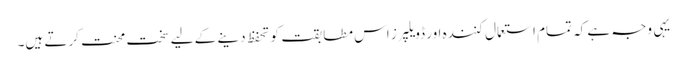
یہی وجہ ہے کہ تمام استعمال کنندہ اور ڈویلپرز اس مطابقت کو تحفظ دینے کے لیے سخت محنت کرتے ہیں۔